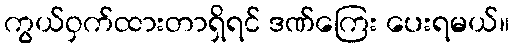
ကွယ်ဝှက်ထားတာရှိရင် ဒဏ်ကြေး ပေးရမယ်။